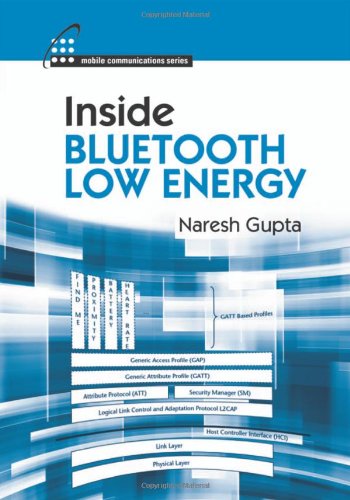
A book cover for Inside Bluetooth Low Energy (Artech House Mobile Communications); Naresh Gupta; Computers & Technology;